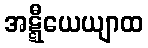
အဋ္ဋီယေယျာထ